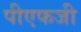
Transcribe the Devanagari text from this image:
पीएफजी